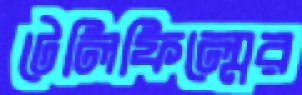
টেলিফিল্মের